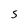
Character: S